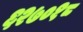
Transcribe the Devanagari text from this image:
६२७०१८